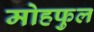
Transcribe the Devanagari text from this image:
मोहफुल